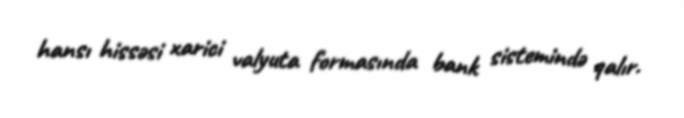
hansı hissəsi xarici valyuta formasında bank sistemində qalır.